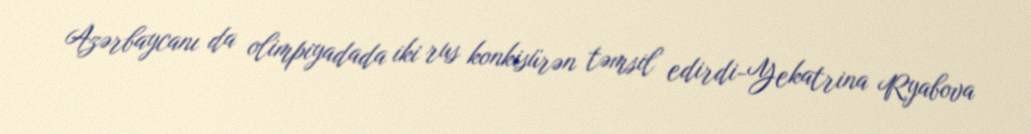
Azərbaycanı da olimpiyadada iki rus konkisürən təmsil edirdi-Yekatrina Ryabova